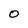
Character: O